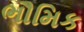
ભૌમિક